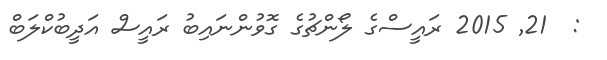
:  21